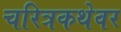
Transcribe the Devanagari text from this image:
चरित्रकथेवर